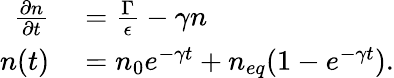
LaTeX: \begin{array}{rl}{\frac{\partial n}{\partial t}}&{{}=\frac{\Gamma}{\epsilon}-\gamma n}\\ {n(t)}&{{}=n_{0}e^{-\gamma t}+n_{eq}(1-e^{-\gamma t}).}\end{array}